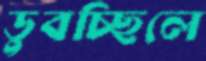
ডুবচ্ছিলে